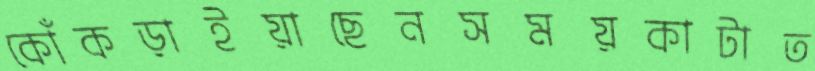
কোঁকড়াইয়াছেনসময়কাটাত